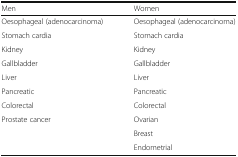
| Men | Women |
 | --- | --- |
 | Oesophageal (adenocarcinoma) | Oesophageal (adenocarcinoma) |
 | Stomach cardia | Stomach cardia |
 | Kidney | Kidney |
 | Gallbladder | Gallbladder |
 | Liver | Liver |
 | Pancreatic | Pancreatic |
 | Colorectal | Colorectal |
 | Prostate cancer | Ovarian |
 |  | Breast |
 |  | Endometrial |